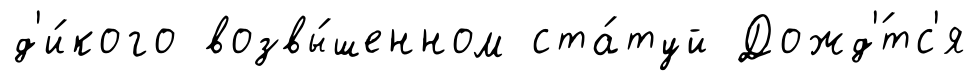
д'и́кого возвы́шенном ста́туй Дожд'́тс'я